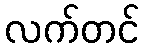
လက်တင်